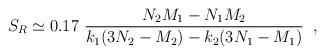
\begin{align*}S_R \simeq 0.17\ \frac{N_2M_1-N_1M_2}{k_1(3N_2-M_2)-k_2(3N_1-M_1)}\;\;,\end{align*}